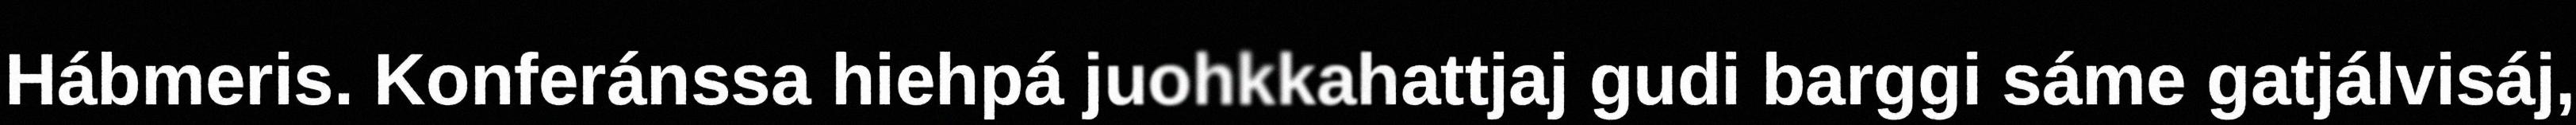
Hábmeris. Konferánssa hiehpá juohkkahattjaj gudi barggi sáme gatjálvisáj,